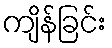
ကျိန်ခြင်း